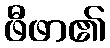
ဖီဖာ၏